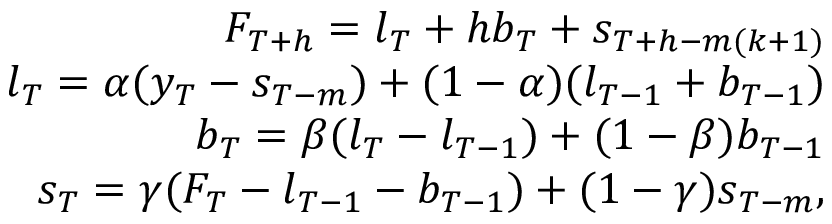
\begin{array} { r } { F _ { T + h } = l _ { T } + h b _ { T } + s _ { T + h - m ( k + 1 ) } } \\ { l _ { T } = \alpha ( y _ { T } - s _ { T - m } ) + ( 1 - \alpha ) ( l _ { T - 1 } + b _ { T - 1 } ) } \\ { b _ { T } = \beta ( l _ { T } - l _ { T - 1 } ) + ( 1 - \beta ) b _ { T - 1 } } \\ { s _ { T } = \gamma ( F _ { T } - l _ { T - 1 } - b _ { T - 1 } ) + ( 1 - \gamma ) s _ { T - m } , } \end{array}